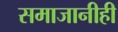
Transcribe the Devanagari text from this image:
समाजानीही